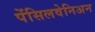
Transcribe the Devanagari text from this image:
पेंसिलवेनिअन